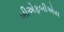
બીએફબીએસ